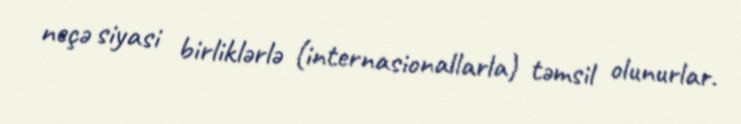
neçə siyasi birliklərlə (internasionallarla) təmsil olunurlar.